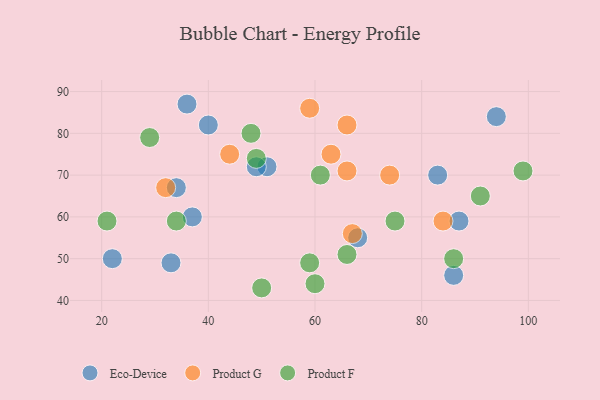
{"axis": {"x": "GDP", "y": "Life Expectancy"}, "legend": ["Eco-Device", "Product F", "Product G"], "data": [{"x": "51", "y": 72, "type": "Eco-Device"}, {"x": "83", "y": 70, "type": "Eco-Device"}, {"x": "49", "y": 72, "type": "Eco-Device"}, {"x": "37", "y": 60, "type": "Eco-Device"}, {"x": "40", "y": 82, "type": "Eco-Device"}, {"x": "33", "y": 49, "type": "Eco-Device"}, {"x": "36", "y": 87, "type": "Eco-Device"}, {"x": "22", "y": 50, "type": "Eco-Device"}, {"x": "94", "y": 84, "type": "Eco-Device"}, {"x": "86", "y": 46, "type": "Eco-Device"}, {"x": "34", "y": 67, "type": "Eco-Device"}, {"x": "87", "y": 59, "type": "Eco-Device"}, {"x": "68", "y": 55, "type": "Eco-Device"}, {"x": "66", "y": 71, "type": "Product G"}, {"x": "67", "y": 56, "type": "Product G"}, {"x": "32", "y": 67, "type": "Product G"}, {"x": "84", "y": 59, "type": "Product G"}, {"x": "66", "y": 82, "type": "Product G"}, {"x": "44", "y": 75, "type": "Product G"}, {"x": "74", "y": 70, "type": "Product G"}, {"x": "63", "y": 75, "type": "Product G"}, {"x": "59", "y": 86, "type": "Product G"}, {"x": "99", "y": 71, "type": "Product F"}, {"x": "50", "y": 43, "type": "Product F"}, {"x": "91", "y": 65, "type": "Product F"}, {"x": "59", "y": 49, "type": "Product F"}, {"x": "86", "y": 50, "type": "Product F"}, {"x": "48", "y": 80, "type": "Product F"}, {"x": "61", "y": 70, "type": "Product F"}, {"x": "75", "y": 59, "type": "Product F"}, {"x": "34", "y": 59, "type": "Product F"}, {"x": "66", "y": 51, "type": "Product F"}, {"x": "60", "y": 44, "type": "Product F"}, {"x": "49", "y": 74, "type": "Product F"}, {"x": "29", "y": 79, "type": "Product F"}, {"x": "21", "y": 59, "type": "Product F"}]}